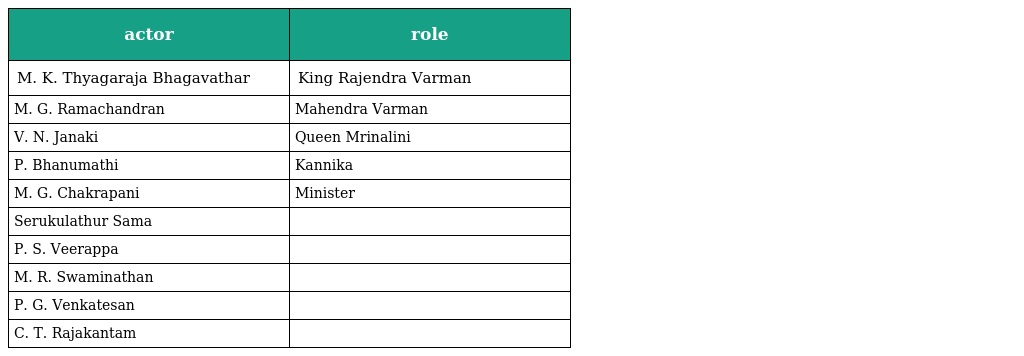
| actor | role |
 | --- | --- |
 | M. K. Thyagaraja Bhagavathar | King Rajendra Varman |
 | M. G. Ramachandran | Mahendra Varman |
 | V. N. Janaki | Queen Mrinalini |
 | P. Bhanumathi | Kannika |
 | M. G. Chakrapani | Minister |
 | Serukulathur Sama |  |
 | P. S. Veerappa |  |
 | M. R. Swaminathan |  |
 | P. G. Venkatesan |  |
 | C. T. Rajakantam |  |